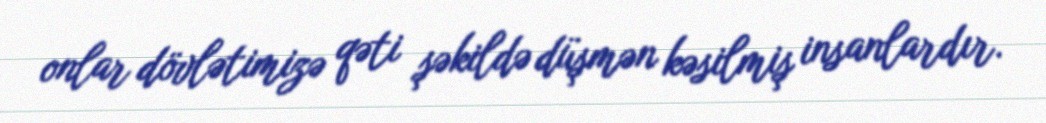
onlar dövlətimizə qəti şəkildə düşmən kəsilmiş insanlardır.